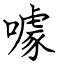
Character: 噱